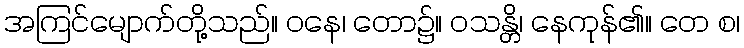
အကြင်မျောက်တို့သည်။ ဝနေ၊ တော၌။ ဝသန္တိ၊ နေကုန်၏။ တေ စ၊